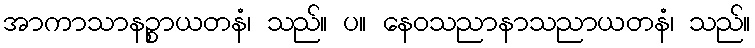
အာကာသာနဉ္စာယတနံ၊ သည်။ ပ။ နေဝသညာနာသညာယတနံ၊ သည်။